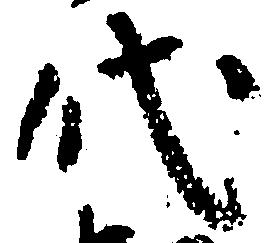
代